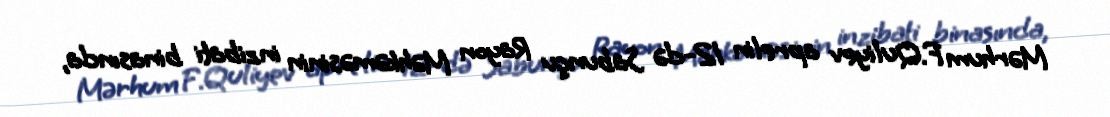
Mərhum F.Quliyev aprelin 12-də Sabunçu Rayon Məhkəməsinin inzibati binasında,